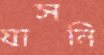
যাসনি